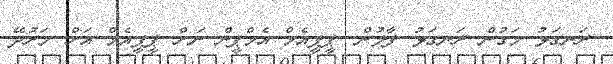
ރަނގަޅު މަގުން ރަނގަޅު ފާލުން. ޕީޕީއެމް އެމްޕީން ނަށް ޕީޕީއެމް އަށް މަރުދޭ